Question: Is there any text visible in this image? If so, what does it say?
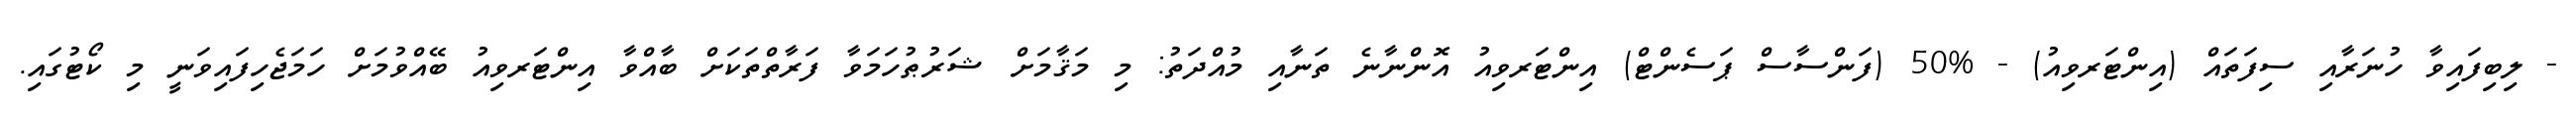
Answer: - ލިބިފައިވާ ހުނަރާއި ސިފަތައް (އިންޓަރވިއު) - %50 (ފަންސާސް ޕަސެންޓް) އިންޓަރވިއު އޮންނާނެ ތަނާއި މުއްދަތު: މި މަޤާމަށް ޝަރުޠުހަމަވާ ފަރާތްތަކަށް ބާއްވާ އިންޓަރވިއު ބޭއްވުމަށް ހަމަޖެހިފައިވަނީ މި ކޯޓުގައި.